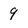
Character: 9